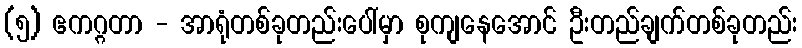
(၅) ဧကဂ္ဂတာ - အာရုံတစ်ခုတည်းပေါ်မှာ စုကျနေအောင် ဦးတည်ချက်တစ်ခုတည်း